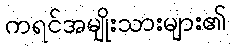
ကရင်အမျိုးသားများ၏